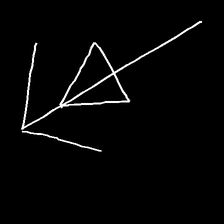
Glyph: pull